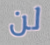
لن